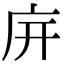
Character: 𢇩